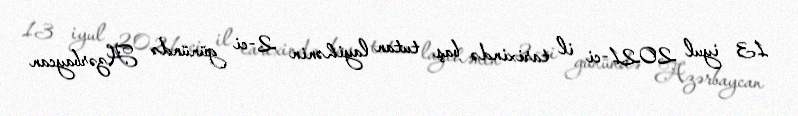
13 iyul 2021-ci il tarixində baş tutan layihənin 2-ci günündə Azərbaycan